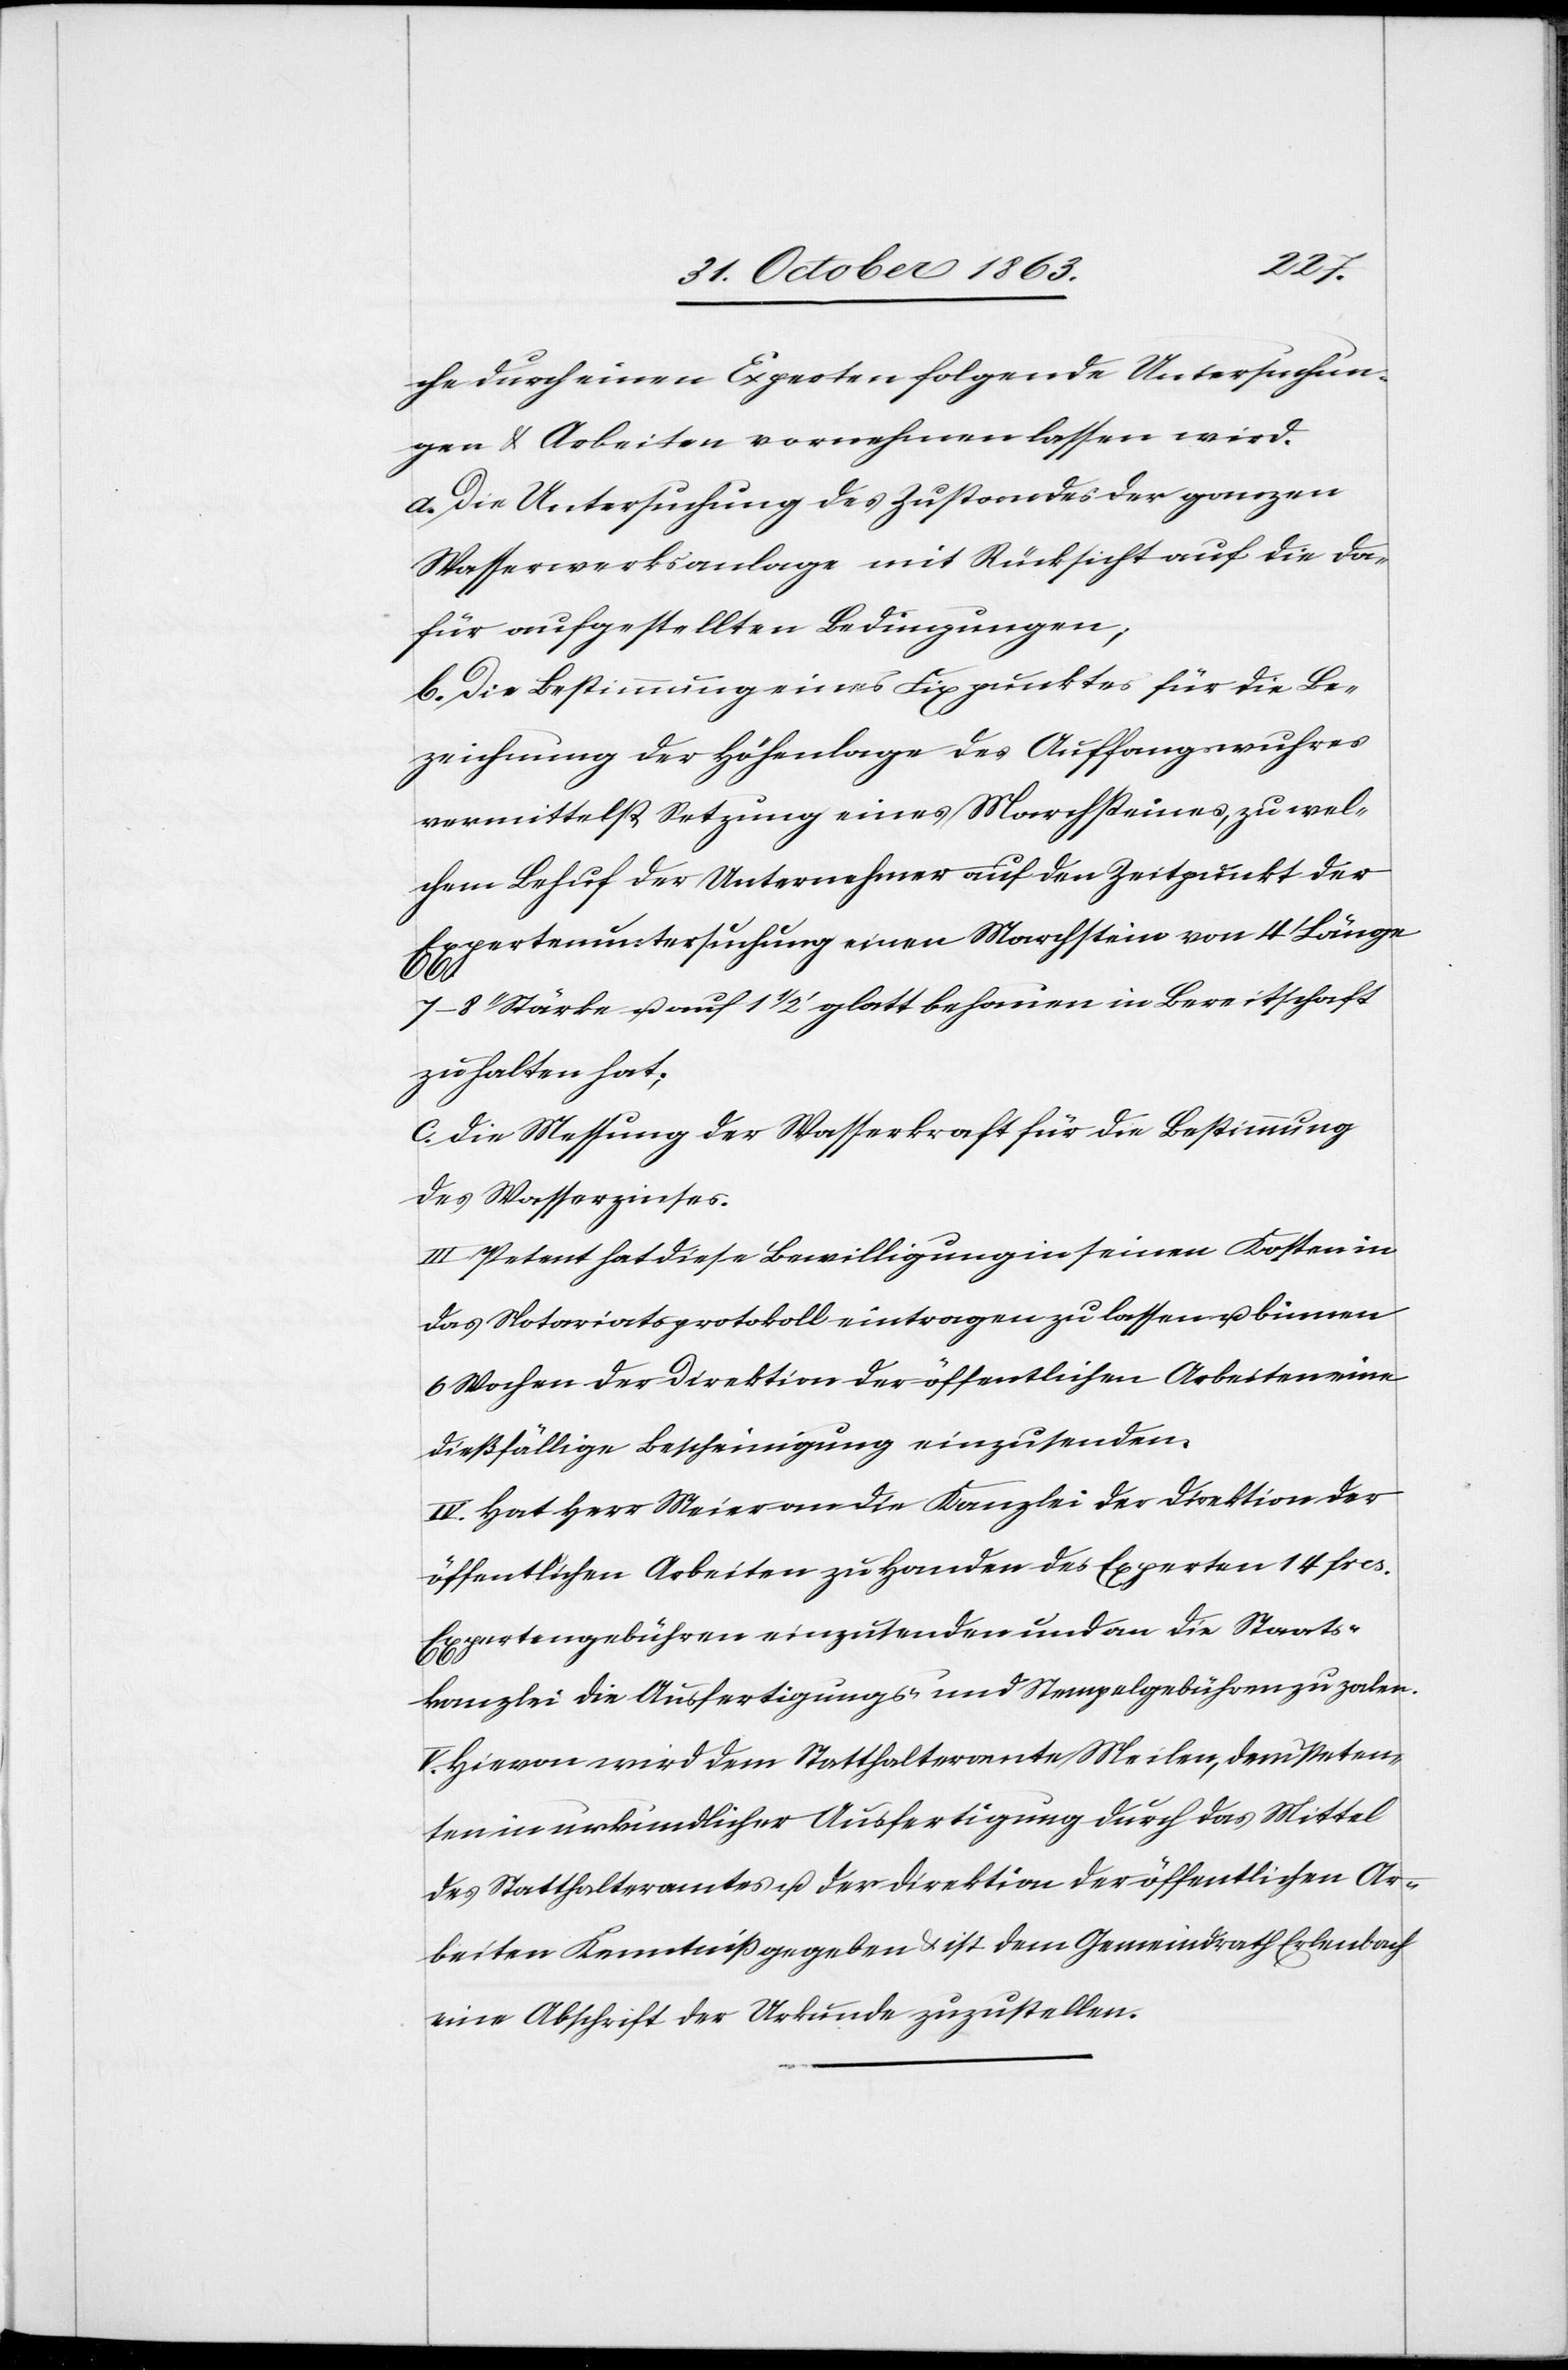
che durch einen Experten folgende Untersuchun¬
gen & Arbeiten vornehmen lassen wird.
a. Die Untersuchung des Zustandes der ganzen
Wasserwerksanlage mit Rücksicht auf die da¬
für aufgestellten Bedingungen;
b. Die Bestimmung eines Fixpunktes für die Be¬
zeichnung der Höhenlage des Auffangswuhres
vermittelst Setzung eines Marchsteines, zu wel¬
chem Behuf der Unternehmer auf den Zeitpunkt der
Expertenuntersuchung einen Marchstein von 4' Länge
Stärke u. auf 1 1/2' glatt behauen in Bereitschaft
zu halten hat;
c. Die Messung der Wasserkraft für die Bestimmung
des Wasserzinses.
III. Petent hat diese Bewilligung in seinen Kosten in
das Notariatsprotokoll eintragen zu lassen u. binnen
6 Wochen der Direktion der öffentlichen Arbeiten eine
dießfällige Bescheinigung einzusenden.
IV. Hat Herr Meier an die Kanzlei der Direktion der
öffentlichen Arbeiten zu Handen des Experten 14 frcs.
Expertengebühren einzusenden und an die Staats¬
kanzlei die Ausfertigungs- u. Stempelgebühren zu zalen.
V. Hievon wird dem Statthalteramte Meilen, dem Peten¬
ten in urkundlicher Ausfertigung durch das Mittel
des Statthalteramtes u. der Direktion der öffentlichen Ar¬
beiten Kenntniß gegeben & ist dem Gemeindrath Erlenbach
eine Abschrift der Urkunde zuzustellen.